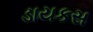
ડાયકસ